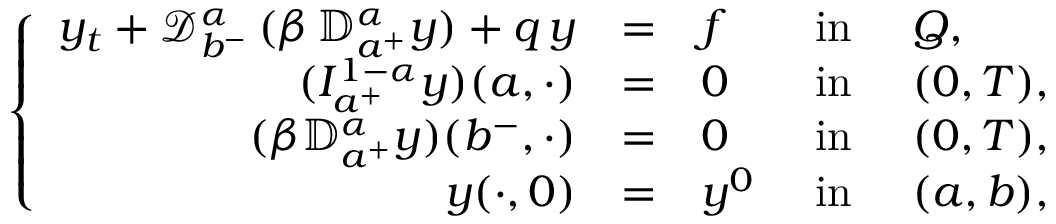
\left\{ \begin{array} { r l l l l l l l l l } { y _ { t } + \displaystyle { \mathcal D } _ { b ^ { - } } ^ { \alpha } \, ( \beta \, { \mathbb D } _ { a ^ { + } } ^ { \alpha } y ) + q \, y } & { = } & { f } & { \mathrm { ~ i n ~ } } & { Q , } \\ { \displaystyle ( I _ { a ^ { + } } ^ { 1 - \alpha } y ) ( a , \cdot ) } & { = } & { 0 } & { \mathrm { ~ i n ~ } } & { ( 0 , T ) , } \\ { \displaystyle ( \beta { \mathbb D } _ { a ^ { + } } ^ { \alpha } y ) ( b ^ { - } , \cdot ) } & { = } & { 0 } & { \mathrm { ~ i n ~ } } & { ( 0 , T ) , } \\ { y ( \cdot , 0 ) } & { = } & { y ^ { 0 } } & { \mathrm { ~ i n ~ } } & { ( a , b ) , } \end{array} \right.